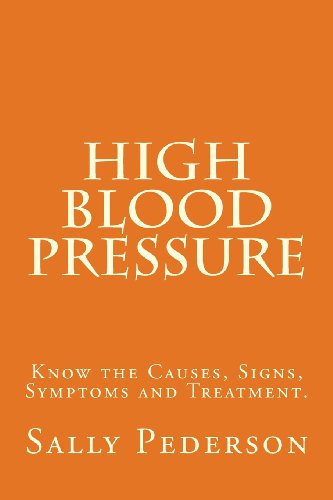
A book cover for High Blood Pressure: Know the Causes, Signs, Symptoms and Treatment; Sally Pederson; Health, Fitness & Dieting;